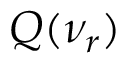
Q ( \nu _ { r } )